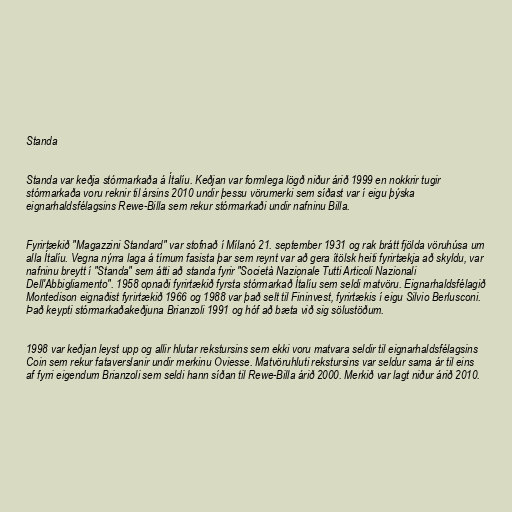
Standa

Standa var keðja stórmarkaða á Ítalíu. Keðjan var formlega lögð niður árið 1999 en nokkrir tugir
stórmarkaða voru reknir til ársins 2010 undir þessu vörumerki sem síðast var í eigu þýska
eignarhaldsfélagsins Rewe-Billa sem rekur stórmarkaði undir nafninu Billa.

Fyrirtækið "Magazzini Standard" var stofnað í Mílanó 21. september 1931 og rak brátt fjölda vöruhúsa um
alla Ítalíu. Vegna nýrra laga á tímum fasista þar sem reynt var að gera ítölsk heiti fyrirtækja að skyldu, var
nafninu breytt í "Standa" sem átti að standa fyrir "Società Nazionale Tutti Articoli Nazionali
Dell'Abbigliamento". 1958 opnaði fyrirtækið fyrsta stórmarkað Ítalíu sem seldi matvöru. Eignarhaldsfélagið
Montedison eignaðist fyrirtækið 1966 og 1988 var það selt til Fininvest, fyrirtækis í eigu Silvio Berlusconi.
Það keypti stórmarkaðakeðjuna Brianzoli 1991 og hóf að bæta við sig sölustöðum.

1998 var keðjan leyst upp og allir hlutar rekstursins sem ekki voru matvara seldir til eignarhaldsfélagsins
Coin sem rekur fataverslanir undir merkinu Oviesse. Matvöruhluti rekstursins var seldur sama ár til eins
af fyrri eigendum Brianzoli sem seldi hann síðan til Rewe-Billa árið 2000. Merkið var lagt niður árið 2010.